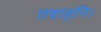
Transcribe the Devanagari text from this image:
तदाहनि।